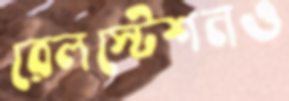
রেলস্টেশনও